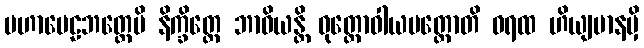
မဟာပေဠဘတ္တေပိ နိက္ခိတ္တေ ဘာဝိယန္တိ ဝုတ္တောဝါယမတ္ထောတိ ဓရထ ဟိယျမာနမှိ